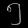
Digit: ၅